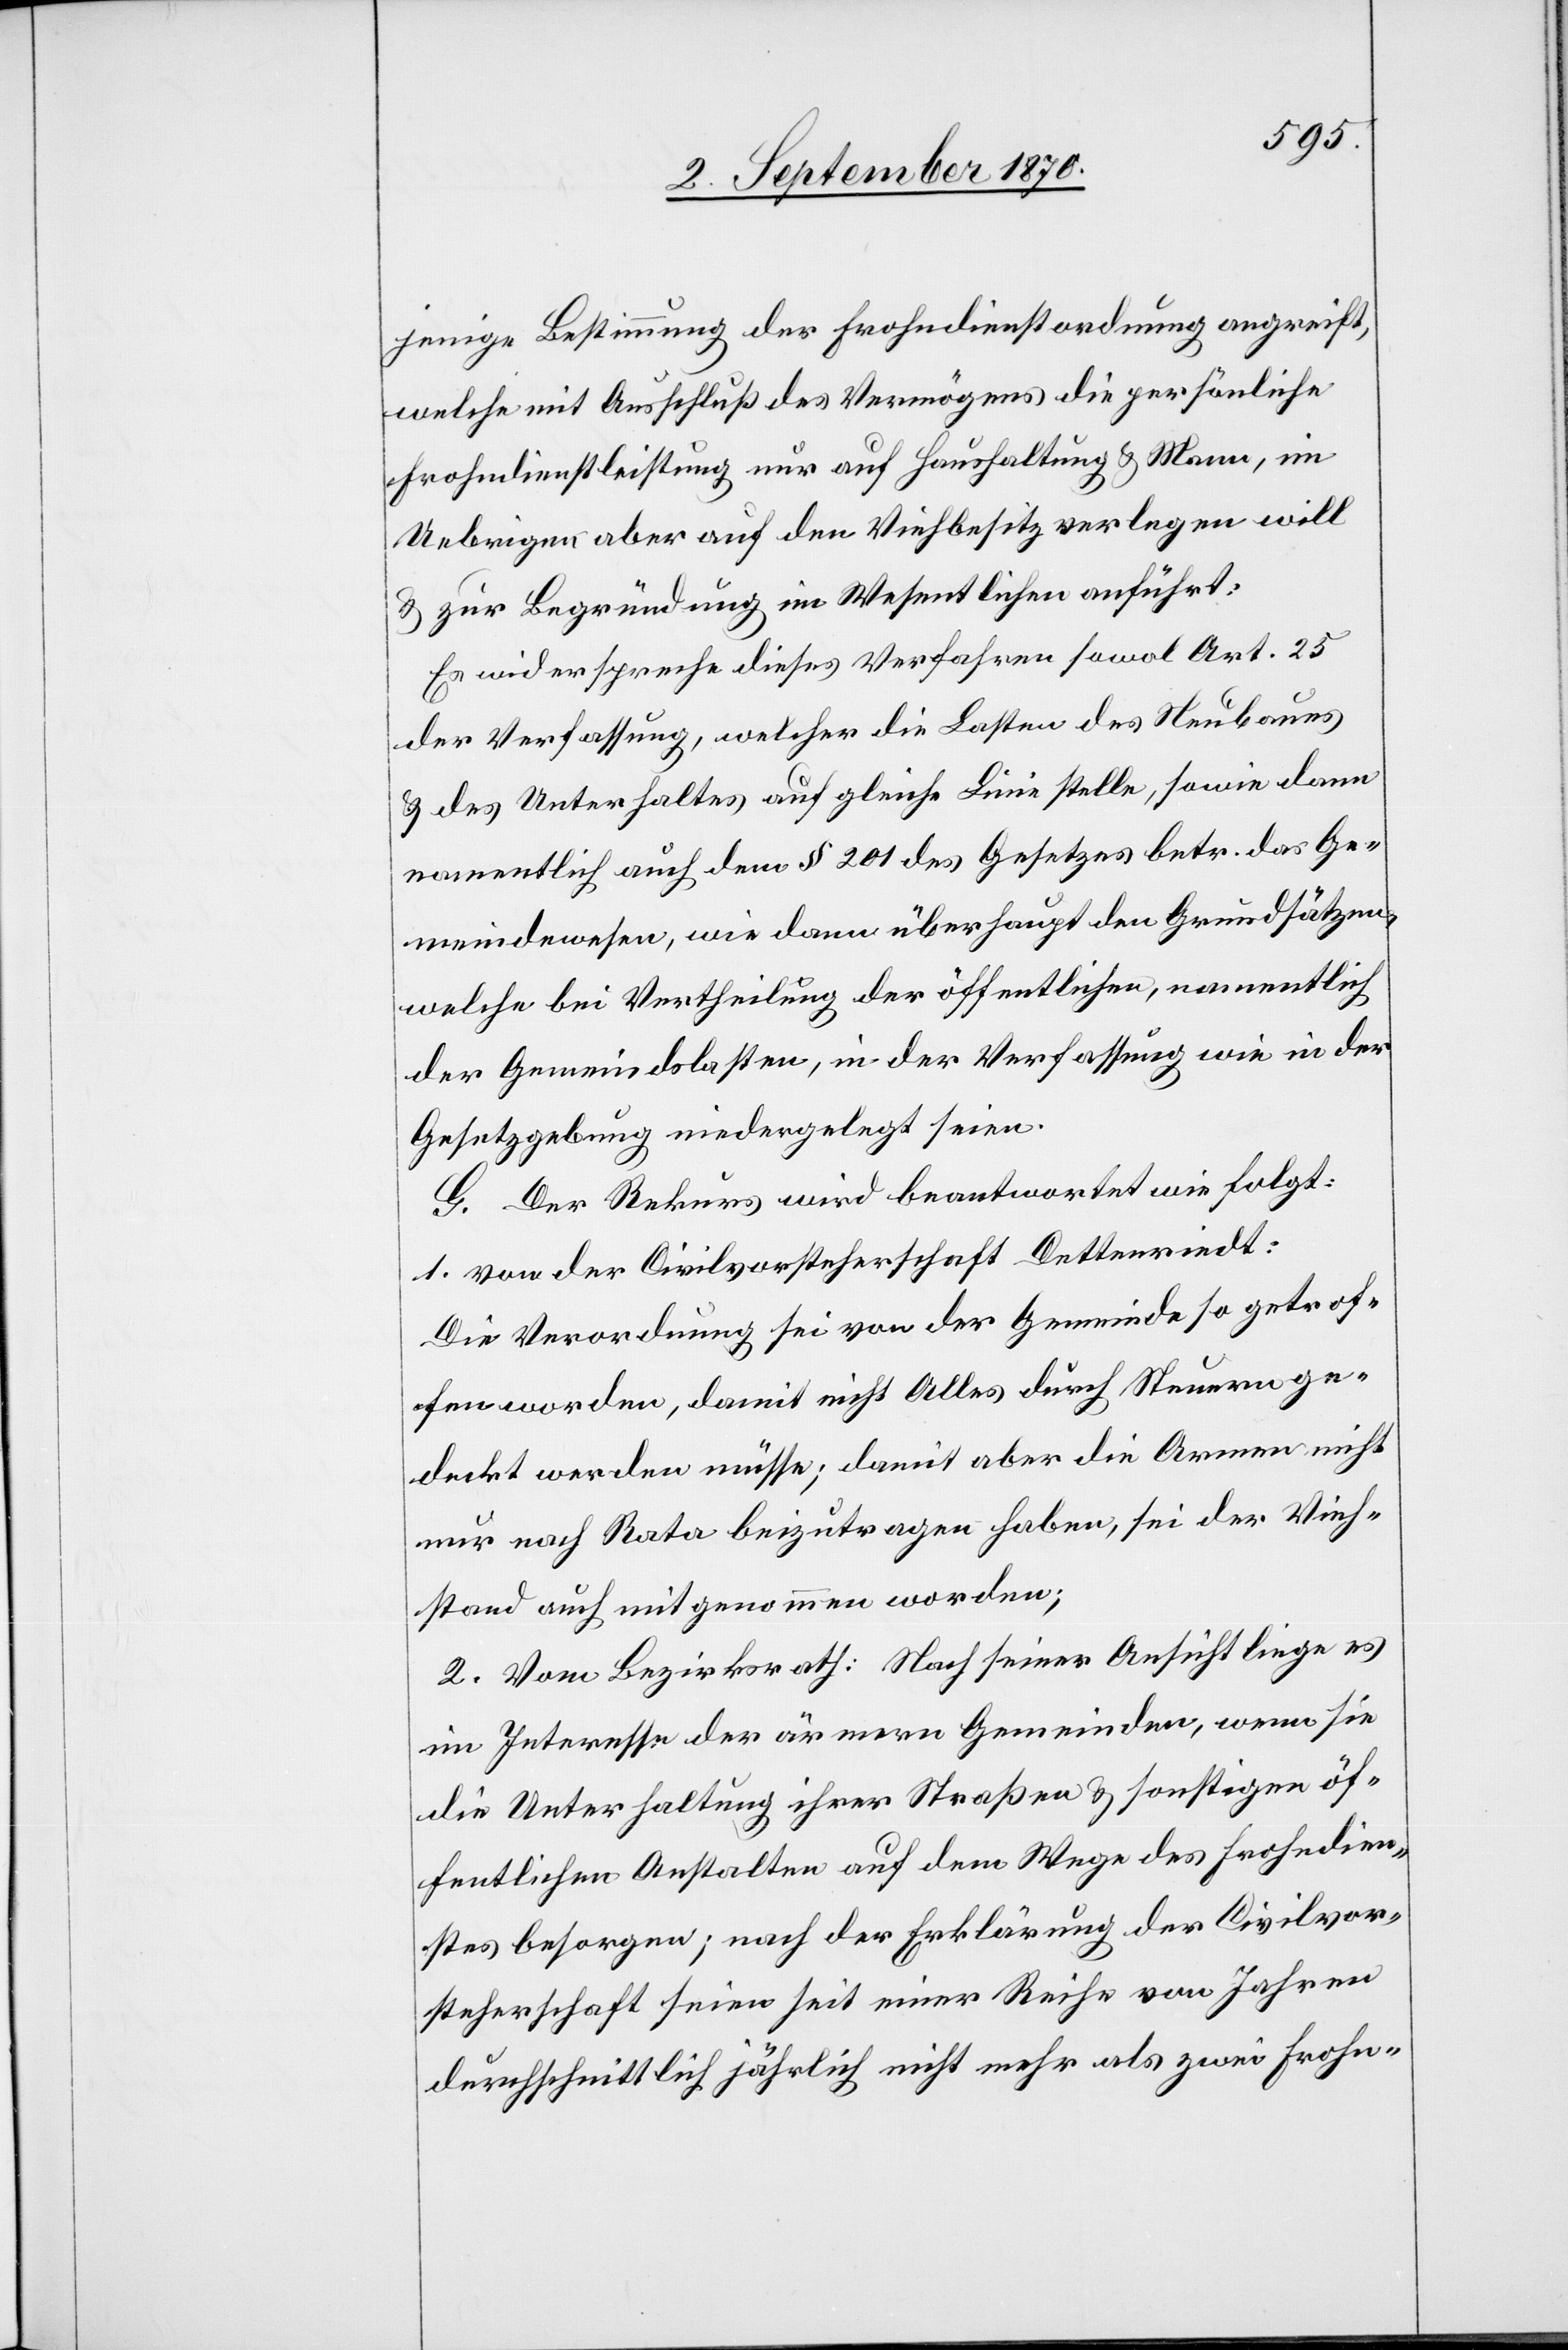
jenige Bestimmung der Frohndienstordnung angreift,
welche mit Ausschluß des Vermögens die persönliche
Frohndienstleistung nur auf Haushaltung & Mann, im
Uebrigen aber auf den Viehbesitz verlegen will
& zur Begründung im Wesentlichen anführt:
Es widerspreche dieses Verfahren sowol Art. 25
der Verfassung, welcher die Lasten des Neubaues
& des Unterhaltes auf gleiche Linie stelle, sowie dann
namentlich auch dem § 201 des Gesetzes betr. das Ge¬
meindewesen, wie dann überhaupt den Grundsätzen,
welche bei Vertheilung der öffentlichen, namentlich
der Gemeindslasten, in der Verfassung wie in der
Gesetzgebung niedergelegt seien.
G. Der Rekurs wird beantwortet wie folgt:
1. von der Civilvorsteherschaft Dettenriedt:
Die Verordnung sei von der Gemeinde so getrof¬
fen worden, damit nicht Alles durch Steuern ge¬
deckt werden müsse; damit aber die Armen nicht
nur nach Rata beizutragen haben, sei der Vieh¬
bestand auch mitgenommen worden;
2. Vom Bezirksrath: Nach seiner Ansicht liege es
im Interesse der ärmern Gemeinden, wenn sie
die Unterhaltung ihrer Straßen & sonstigen öf¬
fentlichen Anstalten auf dem Wege des Frohndien¬
stes besorgen; nach der Erklärung der Civilvor¬
steherschaft seien seit einer Reihe von Jahren
durchschnittlich jährlich nicht mehr als zwei Frohn-